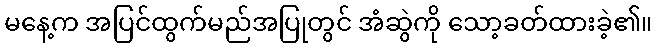
မနေ့က အပြင်ထွက်မည်အပြုတွင် အံဆွဲကို သော့ခတ်ထားခဲ့၏။